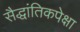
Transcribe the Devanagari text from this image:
सैद्धांतिकपेक्षा